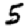
Digit: 5